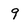
Character: 9